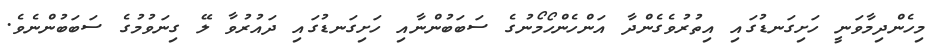
މިހެންދިމާވަނީ ހަށިގަނޑުގައި އިތުރުވެގެންދާ އަންހެންހޯމޯނުގެ ސަބަބުންނާއި ހަށިގަނޑުގައި ދައުރުވާ ލޭ ގިނަވުމުގެ ސަބަބުންނެވެ.